Punjab Mental Hospital Lahore 1922-31 - 1922-1931
Year: 1922
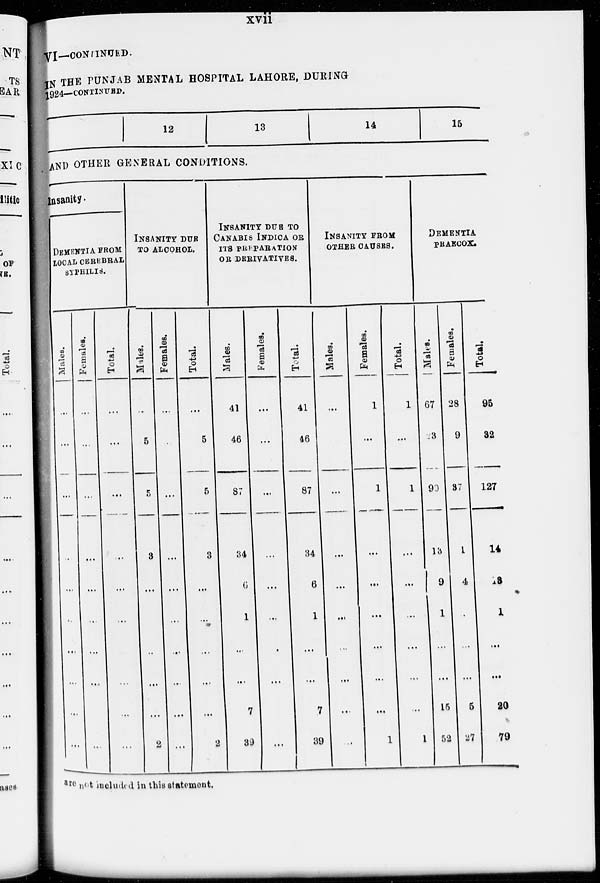
xvii
VI—CONTINUED.
IN THE PUNJAB MENTAL HOSPITAL LAHORE, DURING
1924—CONTINUED.
12
13
14
15
AND OTHER GENERAL CONDITIONS.
Insanity.
DEMENTIA FROM
LOCAL CEREBRAL
SYPHILIS.
Males.
..,
...
...
...
...
...
...
...
...
...
Females.
...
...
...
...
...
...
...
...
...
...
Total.
...
...
...
...
...
...
...
...
...
INSANITY DUE
TO ALCOHOL.
Males.
...
5
5
3
...
...
...
...
...
2
Females.
...
...
...
...
...
...
...
...
...
...
Total.
...
5
5
3
...
...
...
...
...
2
INSANITY DUE TO
CANABIS INDICA OR
ITS PREPARATION
OR DERIVATIVES.
Males.
41
46
87
34
6
1
...
...
7
39
Females.
...
...
...
...
...
...
...
...
...
...
Total.
41
46
87
34
6
1
...
...
7
39
INSANITY FROM
OTHER CAUSES.
Males.
...
...
...
...
...
...
...
...
...
...
Females.
1
...
1
...
...
...
...
...
...
1
Total.
1
...
1
...
...
...
...
...
1
DEMENTIA
PRAECOX.
Malts.
67
23
90
13
9
1
...
...
15
52
Females.
28
9
37
1
4
...
...
...
5
27
Total.
95
32
127
14
13
1
...
...
20
79
are not included in this statement.